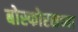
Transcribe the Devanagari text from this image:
बोस्फोरसच्या